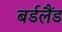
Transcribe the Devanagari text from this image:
बर्डलैंड